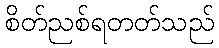
စိတ်ညစ်ရတတ်သည်